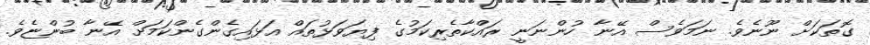
ގޮތަކަށް ނޫނެވެ. ނަމަވެސް އޭނާ ހުންނަނީ ރައްކާތެރިކަމުގެ ފިޔަވަޅުތައް އަޅައިގެންގެންކަމަށް އޭނާ ބުންޏެވެ.